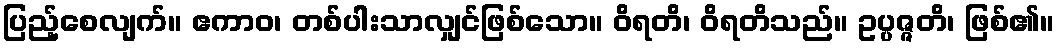
ပြည့်စေလျက်။ ဧကာဝ၊ တစ်ပါးသာလျှင်ဖြစ်သော။ ဝိရတိ၊ ဝိရတိသည်။ ဥပ္ပဇ္ဇတိ၊ ဖြစ်၏။